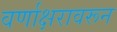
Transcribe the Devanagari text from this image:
वर्णाक्षरावरून